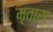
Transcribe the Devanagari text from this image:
मृतास